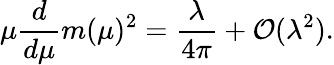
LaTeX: \mu\frac{d}{d\mu}m(\mu)^{2}=\frac{\lambda}{4\pi}+{\cal O}(\lambda^{2}).